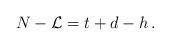
LaTeX: \begin{align*}N-\mathcal{L}=t+d-h\,.\end{align*}